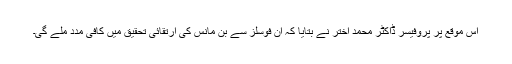
اس موقع پر پروفیسر ڈاکٹر محمد اختر نے بتایا کہ ان فوسلز سے بن مانس کی ارتقائی تحقیق میں کافی مدد ملے گی۔